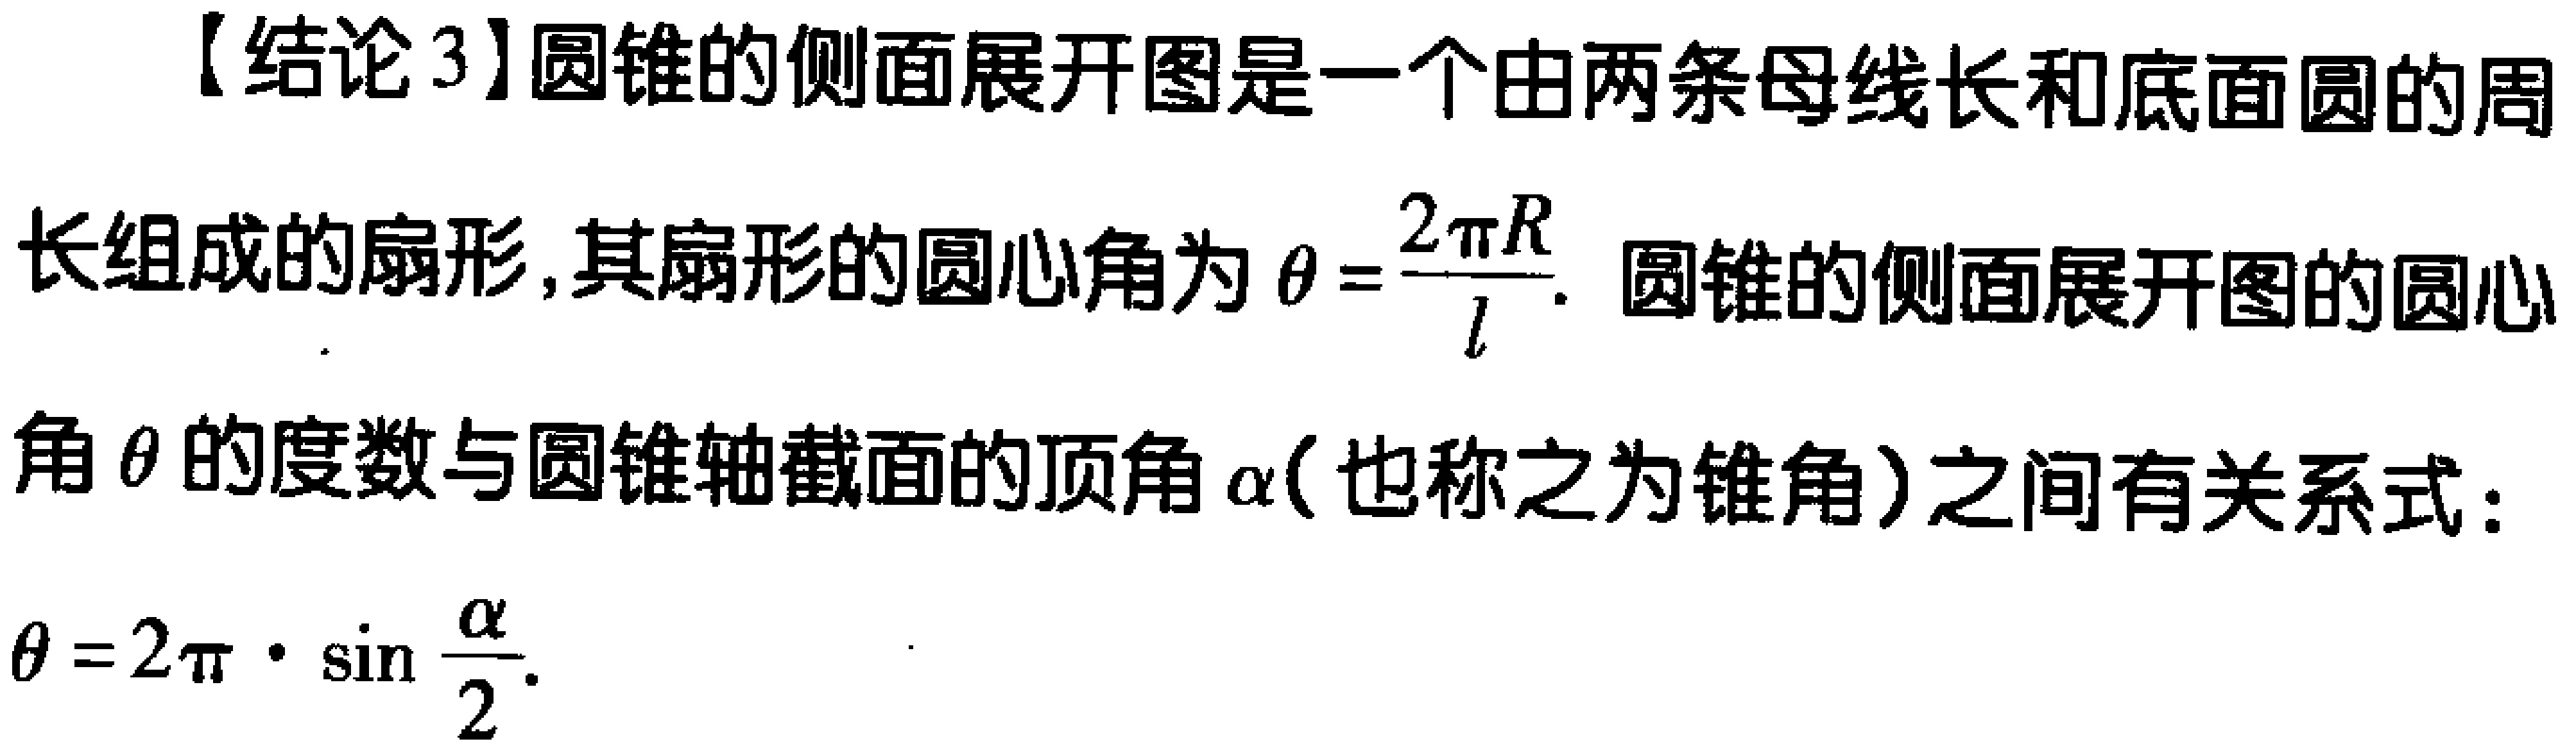
【结论3】圆锥的侧面展开图是一个由两条母线长和底面圆的周长组成的扇形,其扇形的圆心角为$\theta =\frac{2\pi R}{l}$. 圆锥的侧面展开图的圆心角$\theta$的度数与圆锥轴截面的顶角$\alpha$(也称之为锥角)之间有关系式：$\theta =2\pi\cdot\sin\frac{\alpha}{2}$.